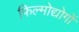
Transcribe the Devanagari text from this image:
फिल्मोद्योगों